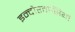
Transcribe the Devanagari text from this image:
इन्दौरवासियों